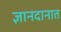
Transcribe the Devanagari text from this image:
ज्ञानदानात